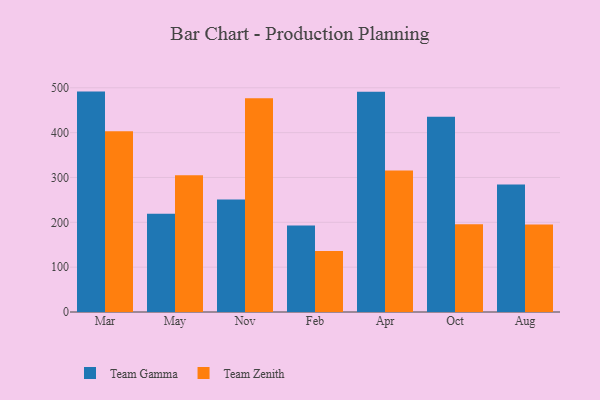
{"axis": {"x": "Month", "y": "Demand Index"}, "legend": ["Team Gamma", "Team Zenith"], "data": [{"x": "Mar", "y": 491.5, "type": "Team Gamma"}, {"x": "Mar", "y": 403.2, "type": "Team Zenith"}, {"x": "May", "y": 219.2, "type": "Team Gamma"}, {"x": "May", "y": 305.1, "type": "Team Zenith"}, {"x": "Nov", "y": 251.0, "type": "Team Gamma"}, {"x": "Nov", "y": 476.7, "type": "Team Zenith"}, {"x": "Feb", "y": 193.0, "type": "Team Gamma"}, {"x": "Feb", "y": 136.2, "type": "Team Zenith"}, {"x": "Apr", "y": 491.4, "type": "Team Gamma"}, {"x": "Apr", "y": 315.4, "type": "Team Zenith"}, {"x": "Oct", "y": 435.6, "type": "Team Gamma"}, {"x": "Oct", "y": 195.7, "type": "Team Zenith"}, {"x": "Aug", "y": 284.2, "type": "Team Gamma"}, {"x": "Aug", "y": 195.1, "type": "Team Zenith"}]}